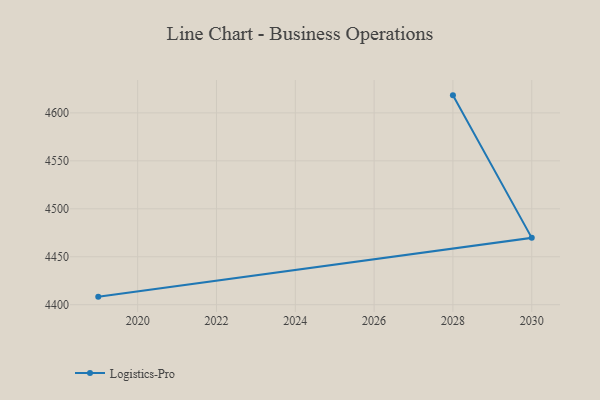
{"axis": {"x": "Year", "y": "Latency (ms)"}, "legend": ["Logistics-Pro"], "data": [{"x": "2019", "y": 4408.4, "type": "Logistics-Pro"}, {"x": "2030", "y": 4469.7, "type": "Logistics-Pro"}, {"x": "2028", "y": 4618.3, "type": "Logistics-Pro"}]}